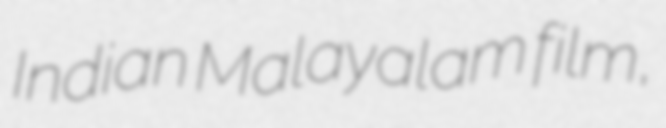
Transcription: Indian Malayalam film,